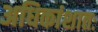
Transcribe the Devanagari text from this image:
अधिकांशातः